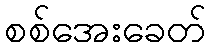
စစ်အေးခေတ်